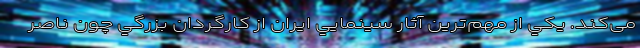
می‌کند. يکي از مهم‌ترين آثار سينمايي ايران از کارگردان بزرگي چون ناصر